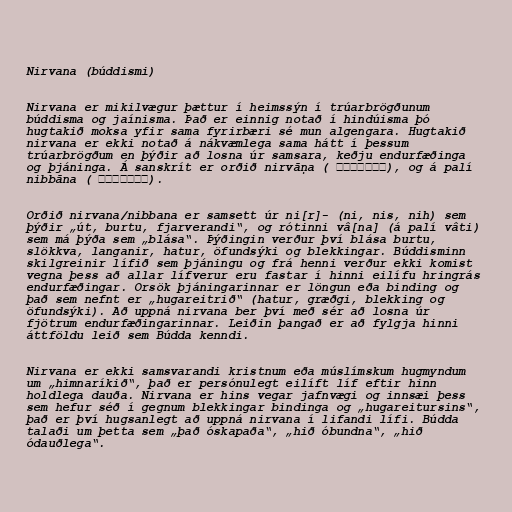
Nirvana (búddismi)

Nirvana er mikilvægur þættur í heimssýn í trúarbrögðunum
búddisma og jaínisma. Það er einnig notað í hindúisma þó
hugtakið moksa yfir sama fyrirbæri sé mun algengara. Hugtakið
nirvana er ekki notað á nákvæmlega sama hátt í þessum
trúarbrögðum en þýðir að losna úr samsara, keðju endurfæðinga
og þjáninga. Á sanskrít er orðið nirvāņa ( निर्वाण), og á palí
nibbāna ( निब्बान).

Orðið nirvana/nibbana er samsett úr ni[r]- (ni, nis, nih) sem
þýðir „út, burtu, fjarverandi“, og rótinni vâ[na] (á palí vâti)
sem má þýða sem „blása“. Þýðingin verður því blása burtu,
slökkva, langanir, hatur, öfundsýki og blekkingar. Búddisminn
skilgreinir lífið sem þjáningu og frá henni verður ekki komist
vegna þess að allar lífverur eru fastar í hinni eilífu hringrás
endurfæðingar. Orsök þjáningarinnar er löngun eða binding og
það sem nefnt er „hugareitrið“ (hatur, græðgi, blekking og
öfundsýki). Að uppná nirvana ber því með sér að losna úr
fjötrum endurfæðingarinnar. Leiðin þangað er að fylgja hinni
áttföldu leið sem Búdda kenndi.

Nirvana er ekki samsvarandi kristnum eða múslímskum hugmyndum
um „himnaríkið“, það er persónulegt eilíft líf eftir hinn
holdlega dauða. Nirvana er hins vegar jafnvægi og innsæi þess
sem hefur séð í gegnum blekkingar bindinga og „hugareitursins“,
það er því hugsanlegt að uppná nirvana í lifandi lífi. Búdda
talaði um þetta sem „það óskapaða“, „hið óbundna“, „hið
ódauðlega“.